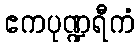
ဧကပုဏ္ဍရီကံ